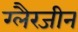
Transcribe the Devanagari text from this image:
ग्लैरजीन